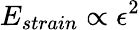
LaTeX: E_{strain}\propto\epsilon^{2}